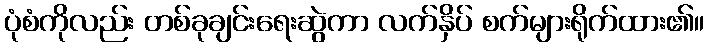
ပုံစံကိုလည်း တစ်ခုချင်းရေးဆွဲကာ လက်နှိပ် စက်များရိုက်ထား၏။